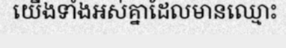
យើងទាំងអស់គ្នាដែលមានឈ្មោះ